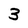
Character: 3